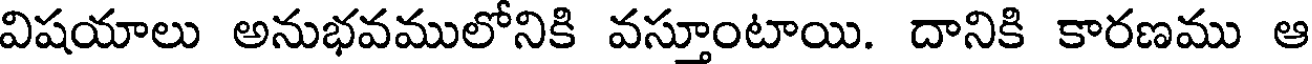
విషయాలు అనుభవములోనికి వస్తూంటాయి. దానికి కారణము ఆ